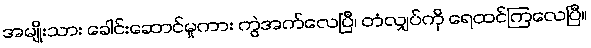
အမျိုးသား ခေါင်းဆောင်မှုကား ကွဲအက်လေပြီ၊ တံလျှပ်ကို ရေထင်ကြလေပြီ။